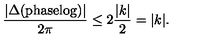
\frac { | \Delta ( \mathrm { p h a s e l o g } ) | } { 2 \pi } \leq 2 \frac { | k | } { 2 } = | k | .